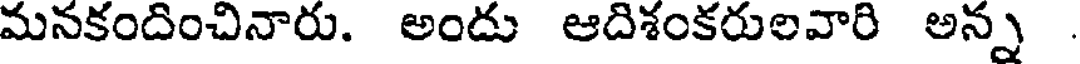
మనకందించినారు. అందు ఆదిశంకరులవారి అన్న